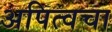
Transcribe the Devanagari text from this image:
अपित्वचा